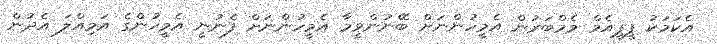
އެކަމަކު ޕީޕީއެމް މެމްބަރުން އެމީހުންނަށް ބޭނުންވީމާ އެމީހުންނަށް ފެނުނީ އެމީހުންގެ އަމިއްލަ އެދުން